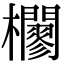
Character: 𣠼